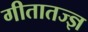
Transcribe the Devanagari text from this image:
गीतातज्ज्ञ